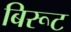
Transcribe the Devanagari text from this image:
बिरूट